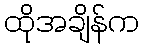
ထိုအချိန်က